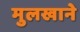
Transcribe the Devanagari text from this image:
मुलखाने